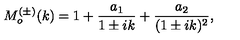
M _ { o } ^ { ( \pm ) } ( k ) = 1 + \frac { a _ { 1 } } { 1 \pm i k } + \frac { a _ { 2 } } { ( 1 \pm i k ) ^ { 2 } } ,